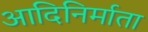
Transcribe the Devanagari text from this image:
आदिनिर्माता